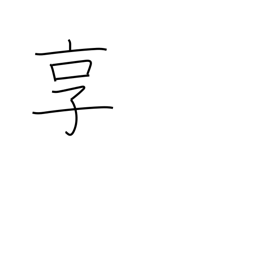
Meaning: get